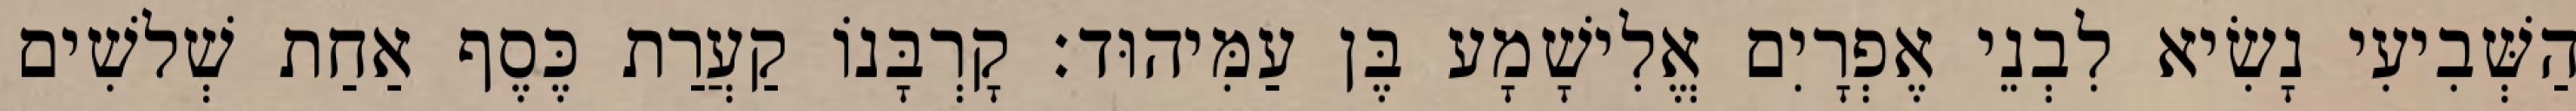
הַשְּׁבִיעִי נָשִׂיא לִבְנֵי אֶפְרָיִם אֱלִישָׁמָע בֶּן עַמִּיהוּד׃ קָרְבָּנוֹ קַעֲרַת כֶּסֶף אַחַת שְׁלשִׁים